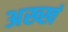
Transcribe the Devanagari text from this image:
अख्खं